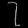
Digit: ၇